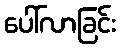
ပေါ်လာခြင်း